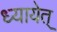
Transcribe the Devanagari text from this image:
ध्यायेत्